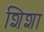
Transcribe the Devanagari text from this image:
शिशा